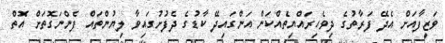
ވަޒީފާއަށް އެދޭ ފަރާތުގެ ދިވެހިރައްޔިތެއްކަން އަންގައިދޭ ކާޑުގެ ދެފުށުގައިވާ ލިޔުންތައް ފެންނަގޮތަށް އޮތް